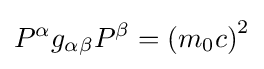
P^{\alpha }g_{\alpha \beta }P^{\beta }=\left(m_{0}c\right)^{2}